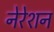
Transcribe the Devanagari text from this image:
नेरेशन